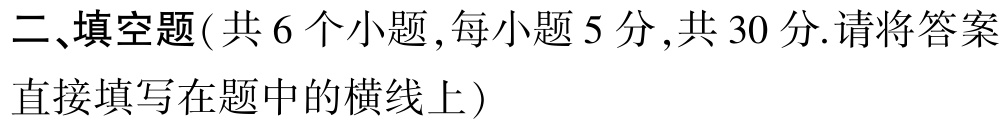
二、填空题( 共 6 个小题 ,每小题 5 分 ,共 30 分.请将答案直接填写在题中的横线上）